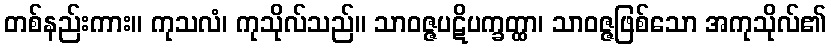
တစ်နည်းကား။ ကုသလံ၊ ကုသိုလ်သည်။ သာဝဇ္ဇပဋိပက္ခတ္ထာ၊ သာဝဇ္ဇဖြစ်သော အကုသိုလ်၏